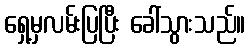
ရှေ့မှလမ်းပြပြီး ခေါ်သွားသည်။